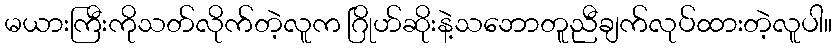
မယားကြီးကိုသတ်လိုက်တဲ့လူက ဂြိုဟ်ဆိုးနဲ့သဘောတူညီချက်လုပ်ထားတဲ့လူပါ။